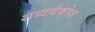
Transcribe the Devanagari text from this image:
शब्दर्थकोश